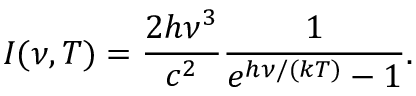
I ( \nu , T ) = { \frac { 2 h \nu ^ { 3 } } { c ^ { 2 } } } { \frac { 1 } { e ^ { h \nu / ( k T ) } - 1 } } .